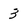
Character: 3